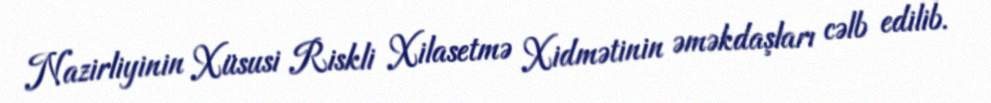
Nazirliyinin Xüsusi Riskli Xilasetmə Xidmətinin əməkdaşları cəlb edilib.